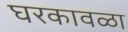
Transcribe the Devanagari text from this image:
घरकावळा